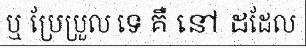
ឬ ប្រែប្រួល ទេ គឺ នៅ ដដែល